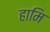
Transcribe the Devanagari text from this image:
हामि